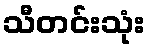
သီတင်းသုံး